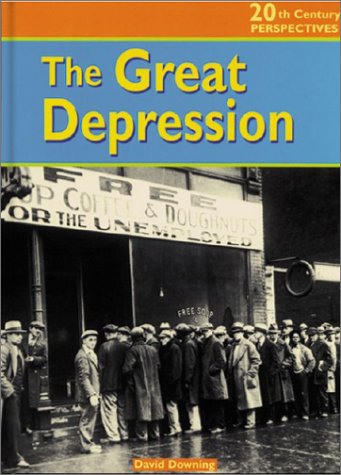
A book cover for The Great Depression (20th Century Perspectives); David Downing; Children's Books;